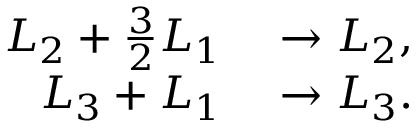
\begin{array} { r l } { L _ { 2 } + { \frac { 3 } { 2 } } L _ { 1 } } & { { } \to L _ { 2 } , } \\ { L _ { 3 } + L _ { 1 } } & { { } \to L _ { 3 } . } \end{array}